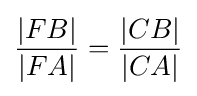
{\frac {|FB|}{|FA|}}={\frac {|CB|}{|CA|}}